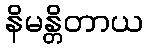
နိမန္တိတာယ